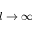
l \rightarrow \infty